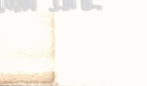
توصيل طلباتكم إلى جميع أن